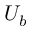
U _ { b }